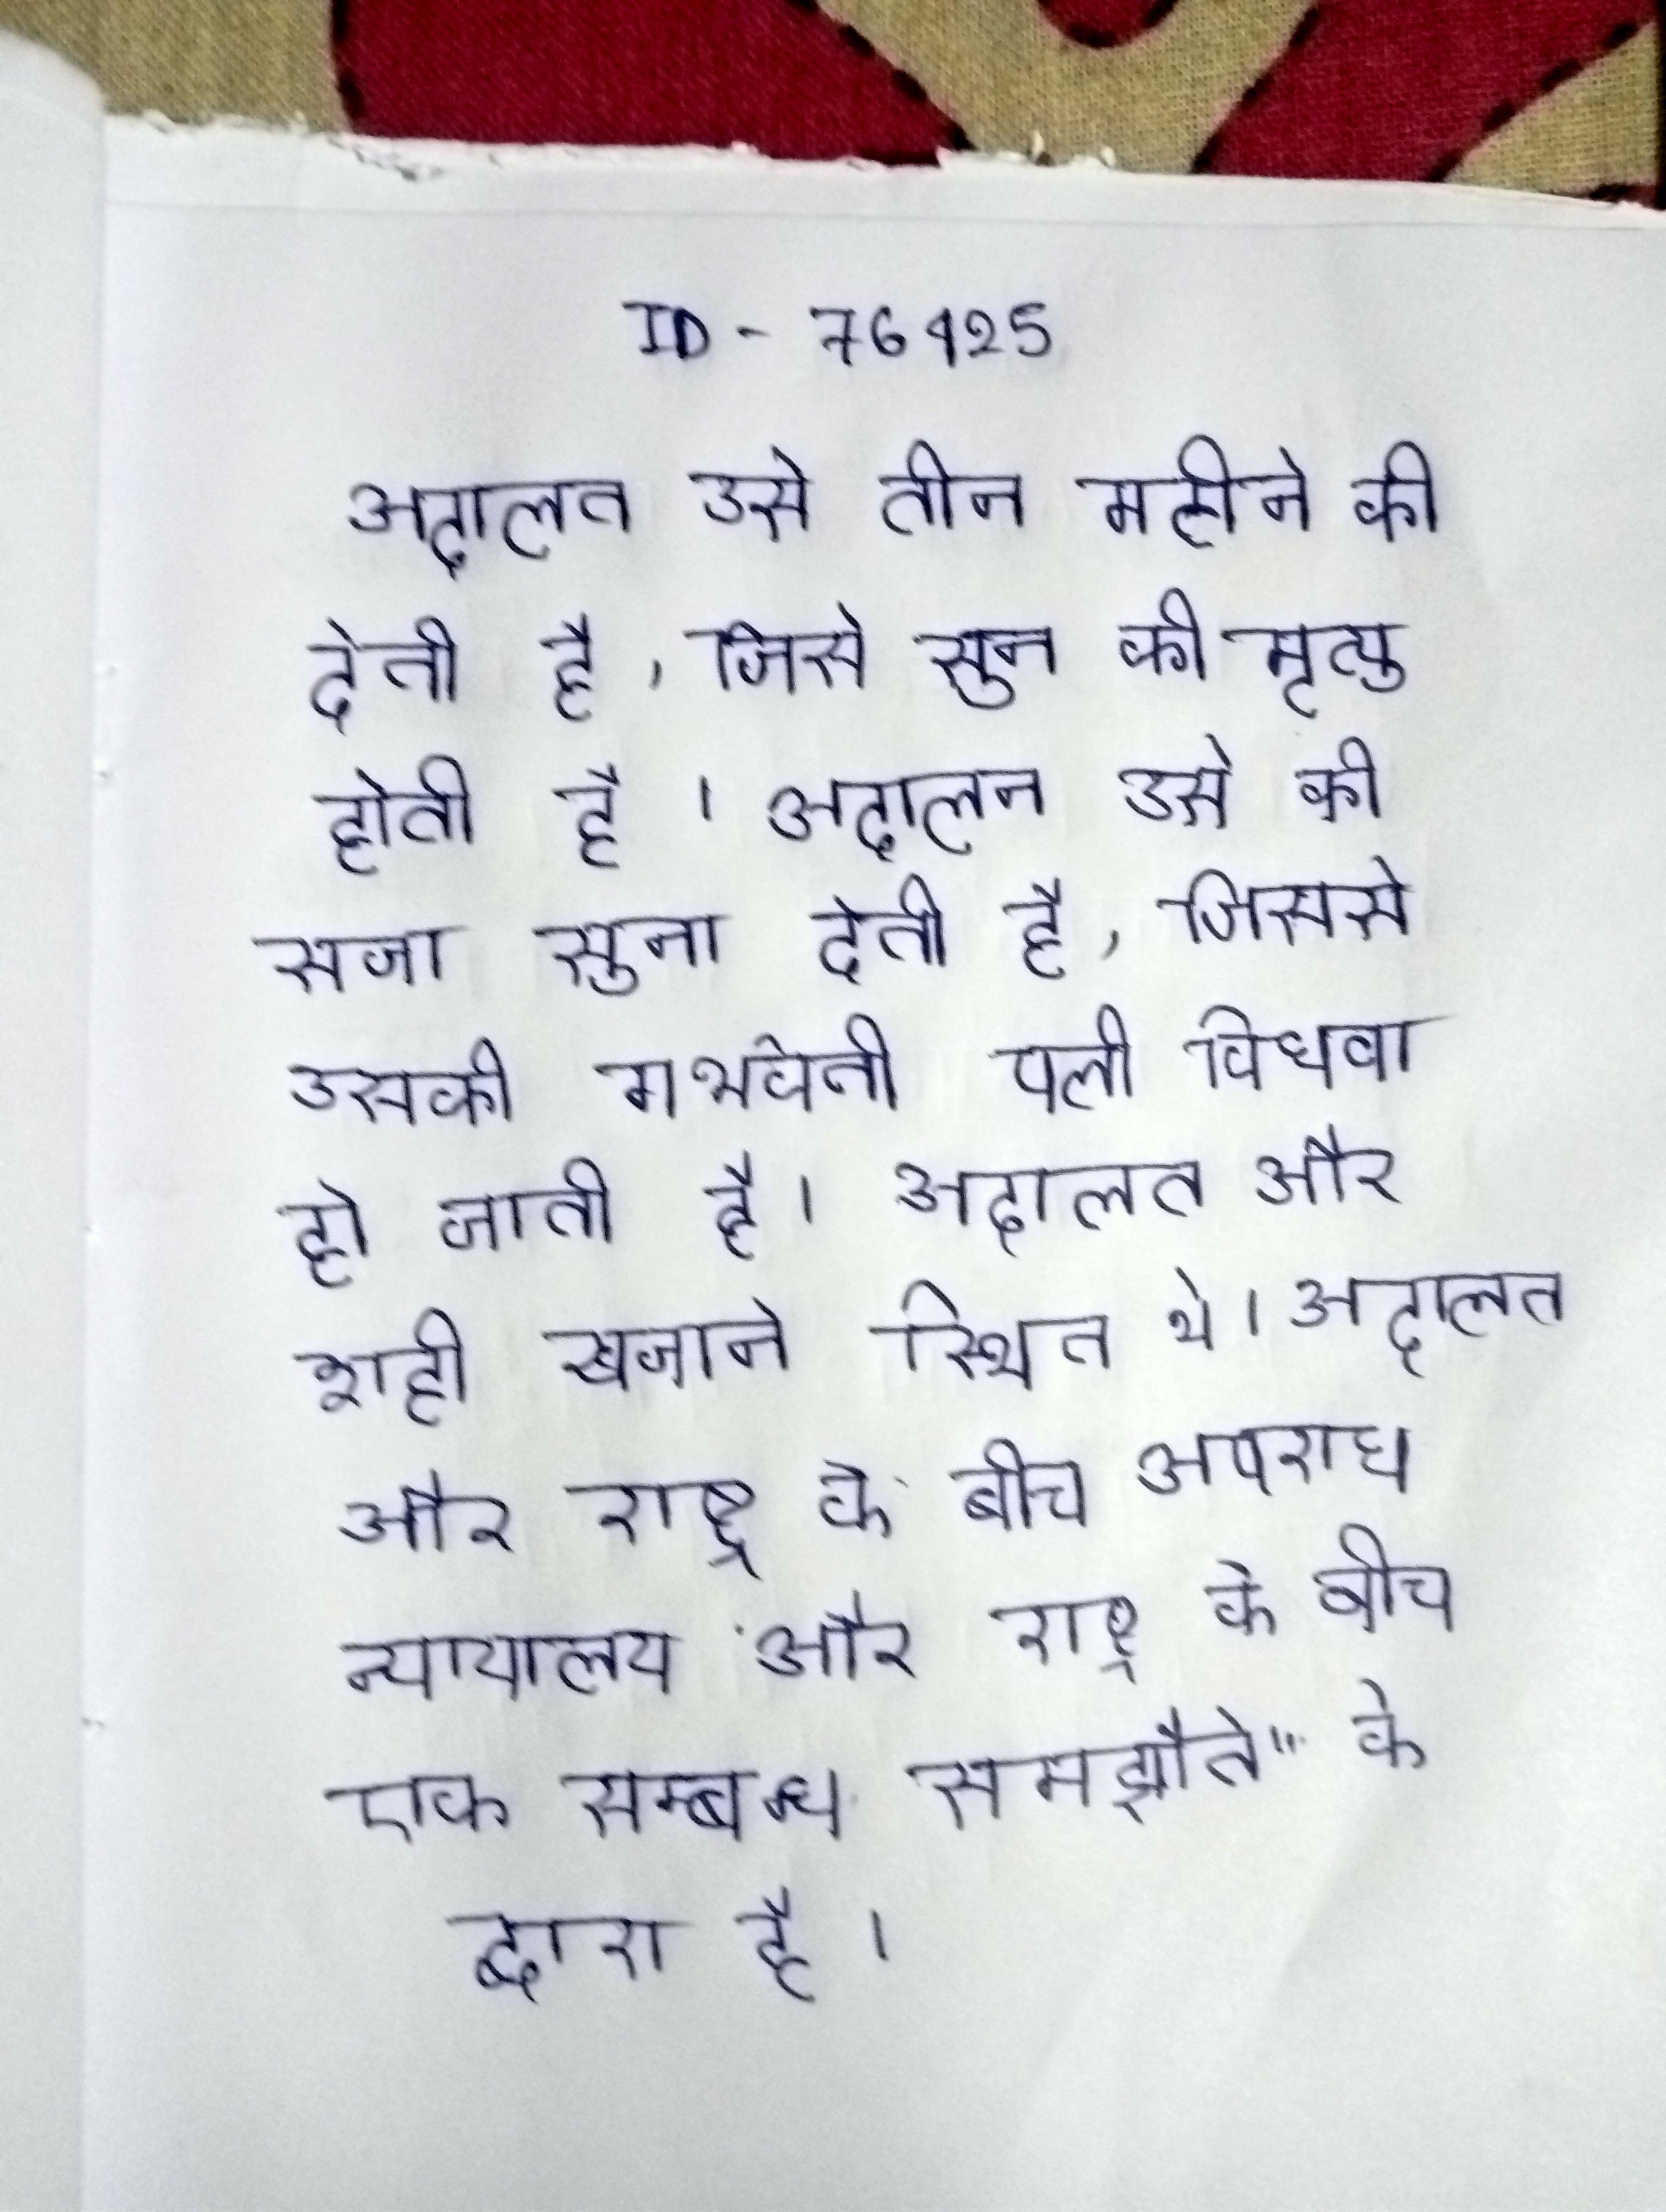
अदालत उसे तीन महीने की देती है, जिसे सुन की मृत्यु होती है । अदालत उसे की सजा सुना देती है, जिससे उसकी गर्भवती पत्नी विधवा हो जाती है । अदालत और शाही खजाने स्थित थे । अदालत और राष्ट्र के बीच अपराध न्यायालय और राष्ट्र के बीच एक सम्बन्ध समझौते" के द्वारा है ।